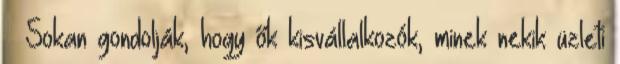
🙂 Sokan gondolják, hogy ők kisvállalkozók, minek nekik üzleti